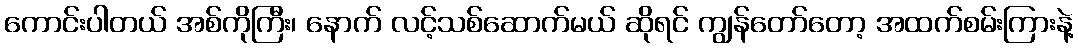
ကောင်းပါတယ် အစ်ကိုကြီး၊ နောက် လင့်သစ်ဆောက်မယ် ဆိုရင် ကျွန်တော်တော့ အထက်စမ်းကြားနဲ့